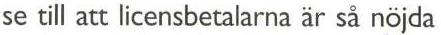
se till att licensbetalarna är så nöjda